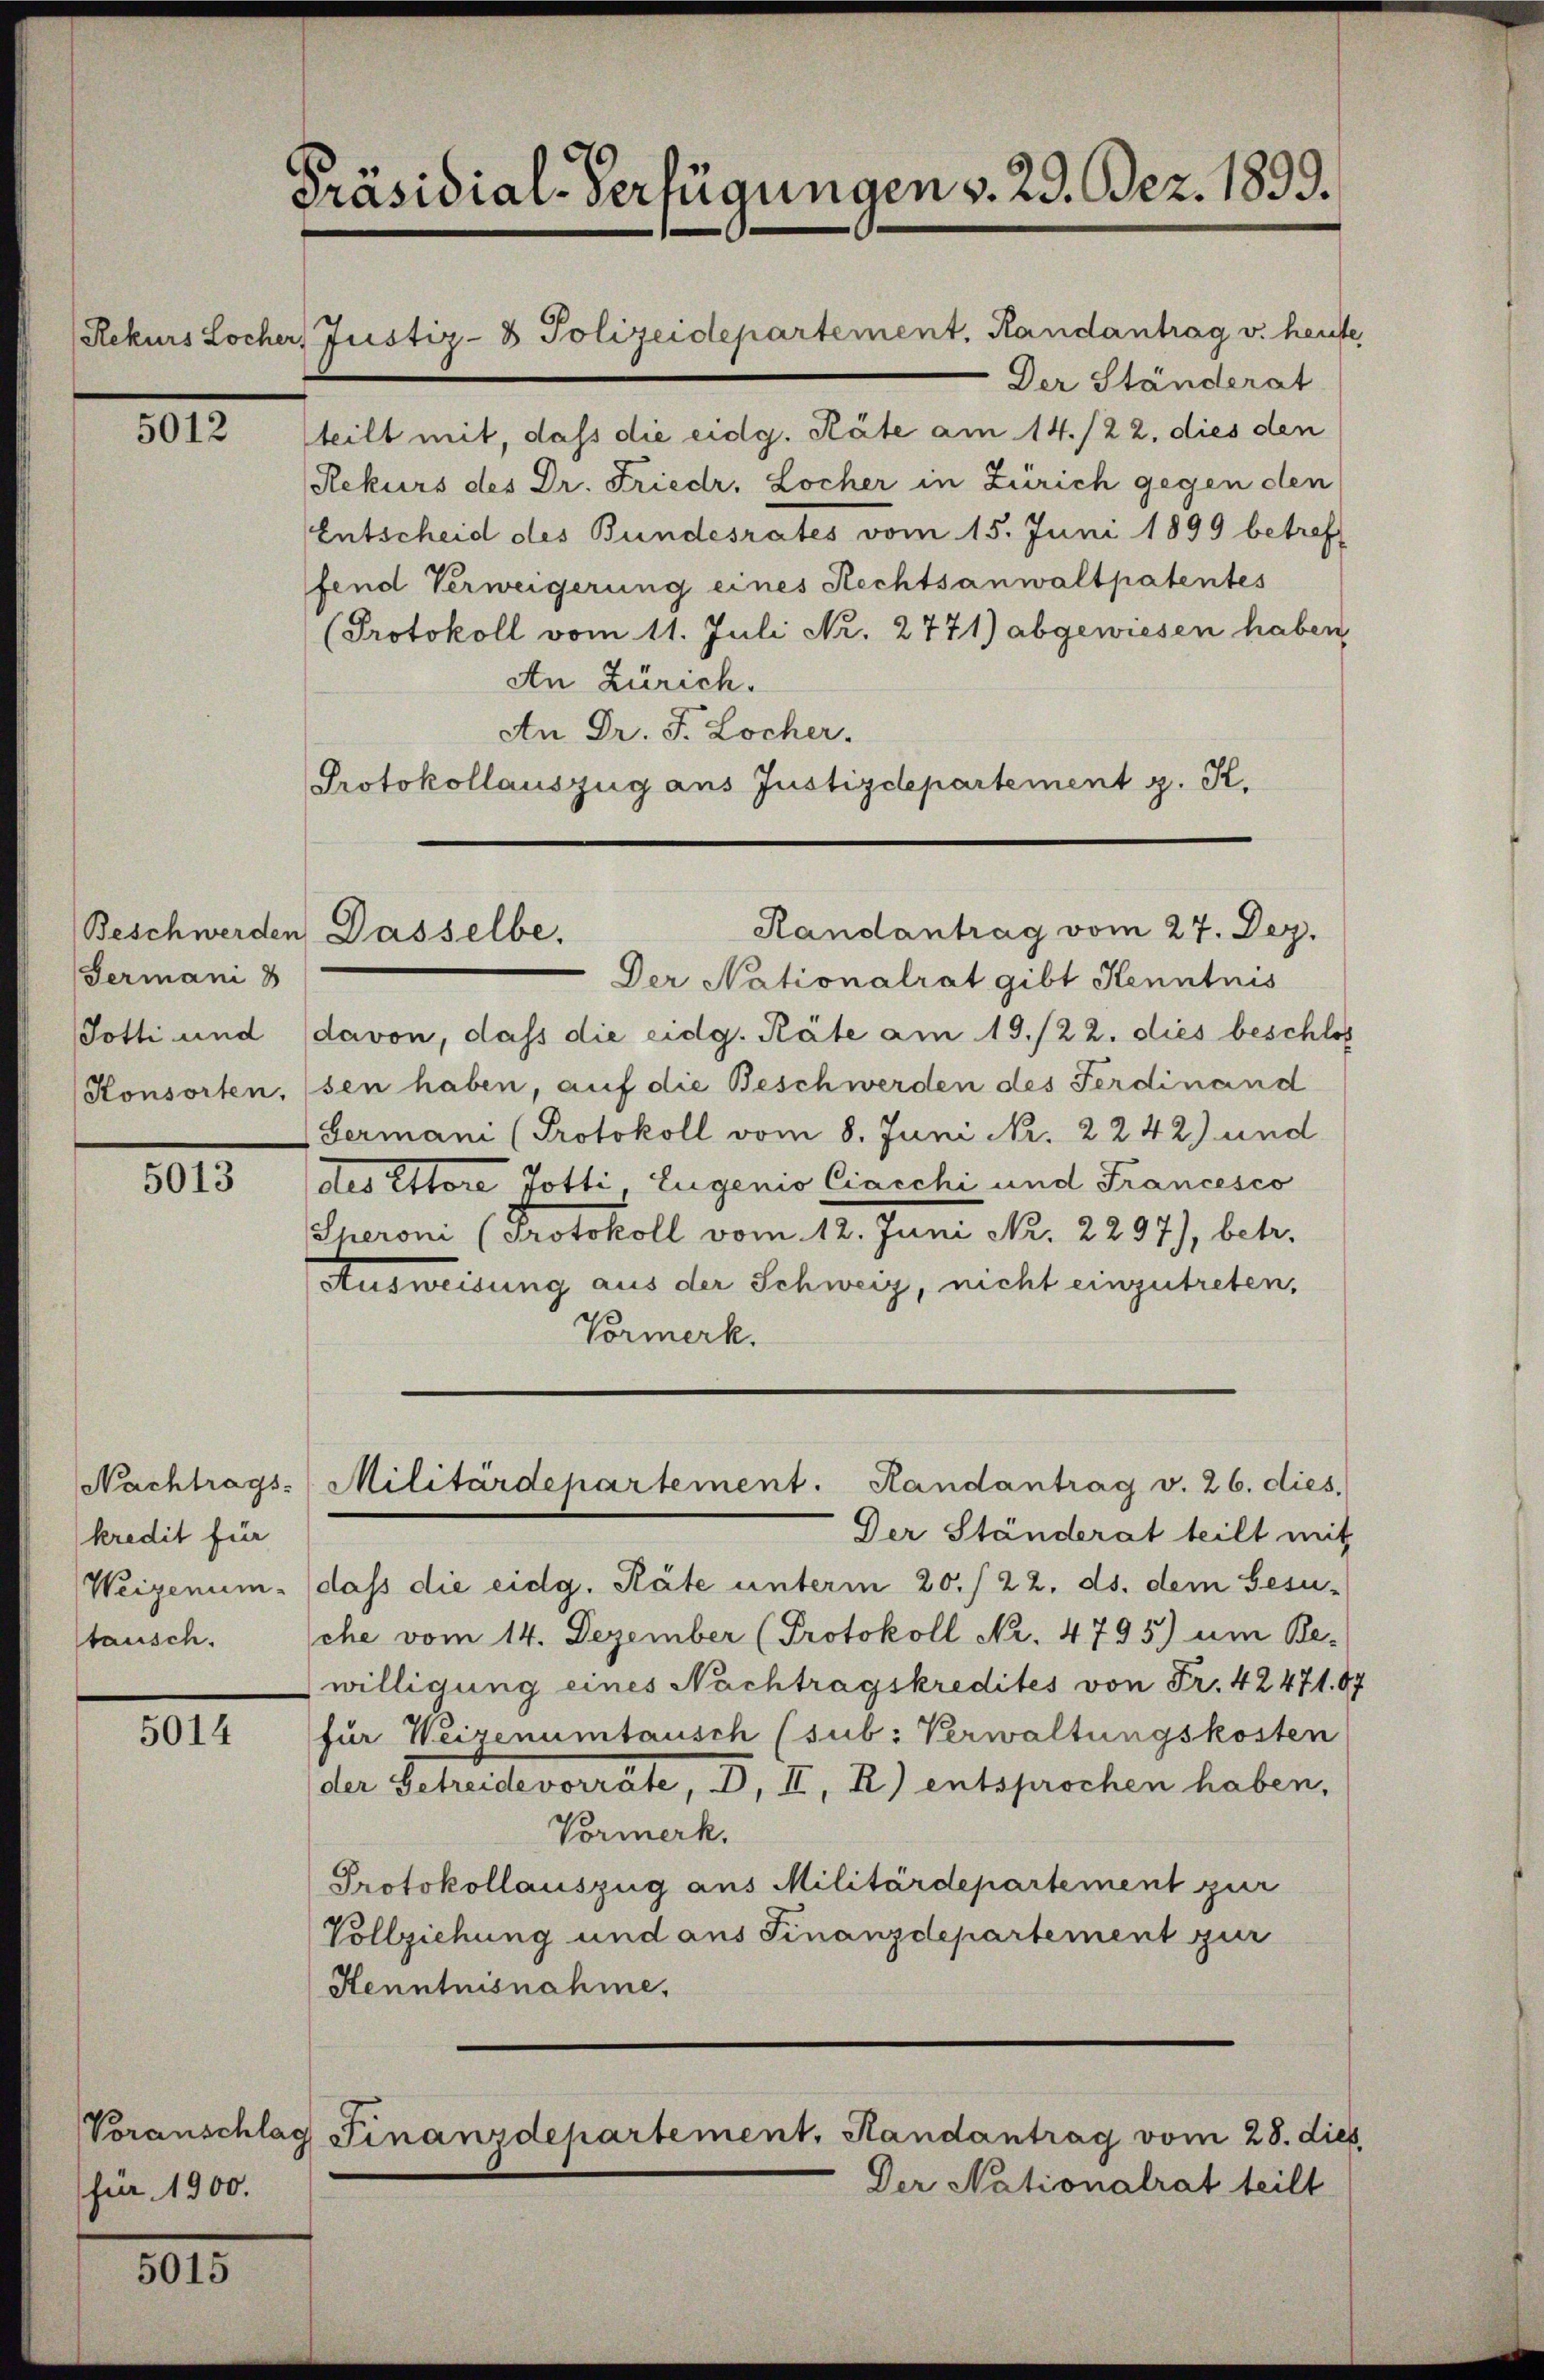
5012

Germani d
Konsorten,

5013

Nachtrags-
kredit für
Weizenum.
stausch.

5014

Rekurs Locher, Justiz- & Polizeidepartement, Randantrag v. heute
Der Ständerat
teilt mit, dass die eidg. Räte am 14./22. dies den
Rekurs des Dr. Friedr. Locher in Zürich gegen den
Entscheid des Bundesrates vom 15. Juni 1899 betreff
fend Verweigerung eines Rechtsanwaltpatentes
Protokoll vom 11. Juli Nr. 2771) abgewiesen haben,
An Zürich.
An Dr. F. Locher
Protokollauszug aus Justizdepartement z. K.

für 1900.

801.

Präsidial-Verfügungen v. 29. Dez. 1899.

Beschwerden Dasselbe.

Randantrag vom 27. Dez.
Der Nationalrat gibt Henntnis
Totti und (davon, dass die eidg. Räte am 19./22. dies beschlos
sen haben, auf die Beschwerden des Ferdinand
Germani (Protokoll vom 8. Juni Nr. 2242) und
des Ettore Jotti, Eugenio Ciacchi und Francesco
Iheroni (Protokoll vom 12. Juni Nr. 2297), betr.
Ausweisung aus der Schweiz, nicht einzutreten,
Vormerk.
Der Ständerat teilt mit
daß die eidg. Räte unterm 20./22. ds. dem Besu-
che vom 14. Dezember (Protokoll Nr. 4795) um Be-
willigung eines Nachtragskredites von Fr. 42471. 07
für Weizenumtausch (sub: Verwaltungskosten
der Scheidevorräte, d. II., 2.) entsprochen haben,
Vormerk.
Protokollauszug aus Militärdepartement zur
Vollziehung und aus Finanzdepartement zur
Henntnisnahme,
Voranschlag Finanzdepartement, Randantrag vom 28. dies

Militärdepartement. Handantrag v. 26. dies,

Der Nationalrat teilt